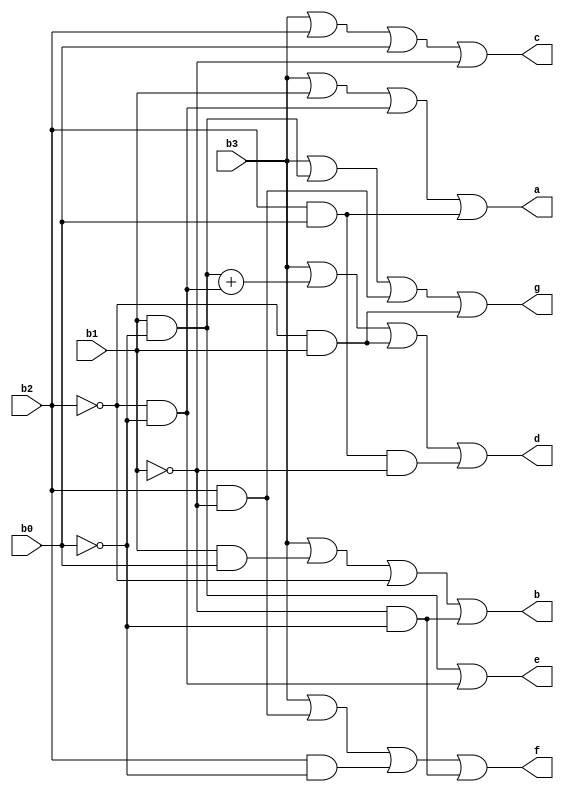
module segdis_7(b3,b2,b1,b0,a,b,c,d,e,f,g);
output a,b,c,d,e,f,g;
input b3,b2,b1,b0;

assign a = b3 || b1 || (~b2 & ~b0) || (b2 & b0);
assign b = b3 || (b1 & b0) || (~b2) || (~b1 & ~b0);
assign c = b3 || b2 || b0 || (~b1);
assign d = b3 || (b1 & ~b0) + (~b2 & ~b0) || (~b2 & b1) || (b2 & b0 & (~b1));
assign e = (b1 & ~b0) || (~b2 & ~b0);
assign f = b3 || (b2 & ~b1) || (b2 & ~b0) || (~b1 & ~b0);
assign g = b3 || (b1 & ~b0) || (b2 & ~b1) || (~b2 & b1);

endmodule